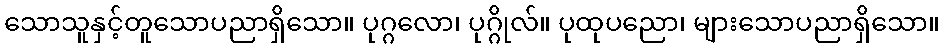
သောသူနှင့်တူသောပညာရှိသော။ ပုဂ္ဂလော၊ ပုဂ္ဂိုလ်။ ပုထုပညော၊ များသောပညာရှိသော။